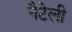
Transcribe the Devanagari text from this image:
नैटेली